Report of an investigation of the epidemic of malarial fever in Assam, or, kala-azar
Disease focus: Malaria
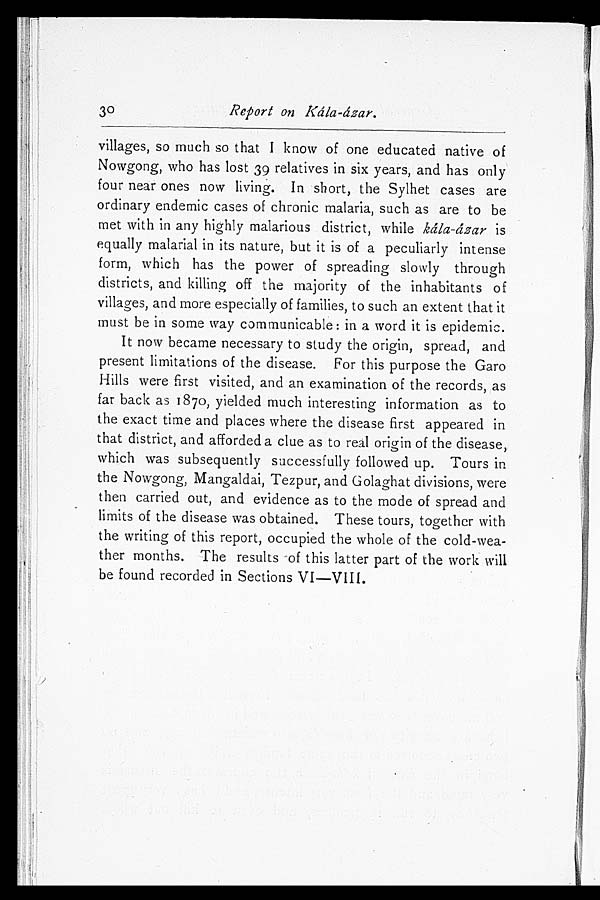
30
Report on Kála-ázar.
villages, so much so that I know of one educated native of
Nowgong, who has lost 39 relatives in six years, and has only
four near ones now living. In short, the Sylhet cases are
ordinary endemic cases of chronic malaria, such as are to be
met with in any highly malarious district, while kála-ázar is
equally malarial in its nature, but it is of a peculiarly intense
form, which has the power of spreading slowly through
districts, and killing off the majority of the inhabitants of
villages, and more especially of families, to such an extent that it
must be in some way communicable: in a word it is epidemic.
It now became necessary to study the origin, spread, and
present limitations of the disease. For this purpose the Garo
Hills were first visited, and an examination of the records, as
far back as 1870, yielded much interesting information as to
the exact time and places where the disease first appeared in
that district, and afforded a clue as to real origin of the disease,
which was subsequently successfully followed up. Tours in
the Nowgong, Mangaldai, Tezpur, and Golaghat divisions, were
then carried out, and evidence as to the mode of spread and
limits of the disease was obtained. These tours, together with
the writing of this report, occupied the whole of the cold-wea-
ther months. The results of this latter part of the work will
be found recorded in Sections VI—VIII.